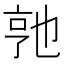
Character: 𬼭